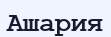
Ашария